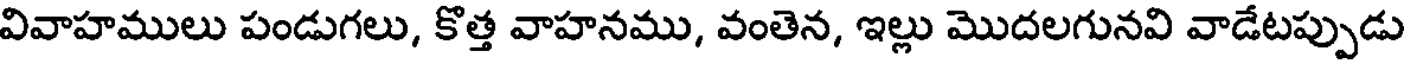
వివాహములు పండుగలు, కొత్త వాహనము, వంతెన, ఇల్లు మొదలగునవి వాడేటప్పుడు